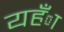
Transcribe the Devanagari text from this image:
यहँा